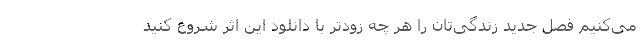
می‌کنیم فصل جدید زندگی‌تان را هر چه زودتر با دانلود این اثر شروع کنید